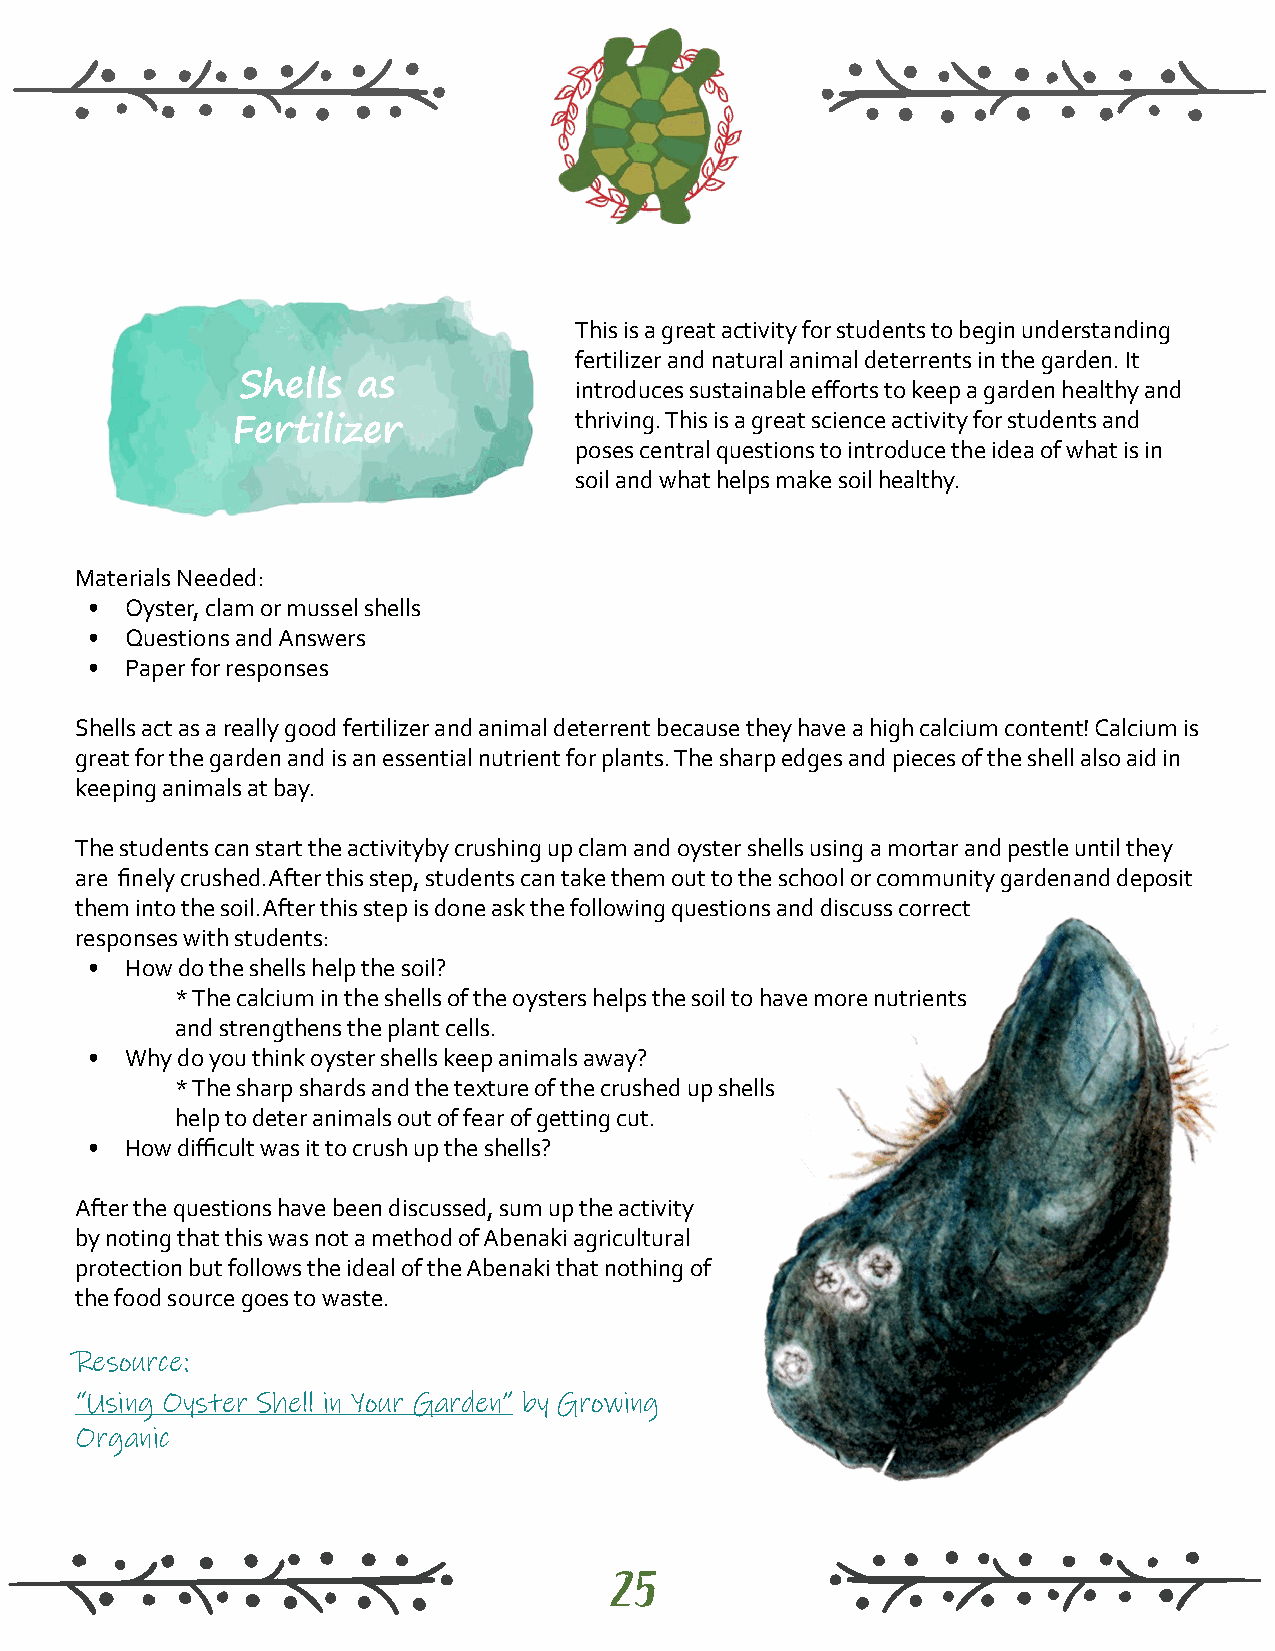
This is a great activity for students to begin understanding
 fertilizer and natural animal deterrents in the garden. It
 Shells  as            introduces sustainable efforts to keep a garden healthy and
 thriving. This is a great science activity for students and
 Fertilizer
 poses central questions to introduce the idea of what is in
 soil and what helps make soil healthy.
 Materials Needed:
 • Oyster, clam or mussel shells
 • Questions and Answers
 • Paper for responses
 Shells act as a really good fertilizer and animal deterrent because they have a high calcium content! Calcium is
 great for the garden and is an essential nutrient for plants. The sharp edges and pieces of the shell also aid in
 keeping animals at bay.
 The students can start the activityby crushing up clam and oyster shells using a mortar and pestle until they
 are finely crushed.After this step, students can take them out to the school or community gardenand deposit
 them into the soil.After this step is done ask the following questions and discuss correct
 responses with students:
 • How do the shells help the soil?
 * The calcium in the shells of the oysters helps the soil to have more nutrients
 and strengthens the plant cells.
 • Why do you think oyster shells keep animals away?
 * The sharp shards and the texture of the crushed up shells
 help to deter animals out of fear of getting cut.
 • How difficult was it to crush up the shells?
 After the questions have been discussed, sum up the activity
 by noting that this was not a method of Abenaki agricultural
 protection but follows the ideal of the Abenaki that nothing of
 the food source goes to waste.
 Resource:
 “Using Oyster Shell in Your Garden” by Growing
 Organic
 25